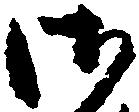
御